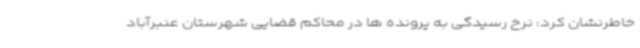
خاطرنشان کرد: نرخ رسیدگی به پرونده ها در محاکم قضایی شهرستان عنبرآباد